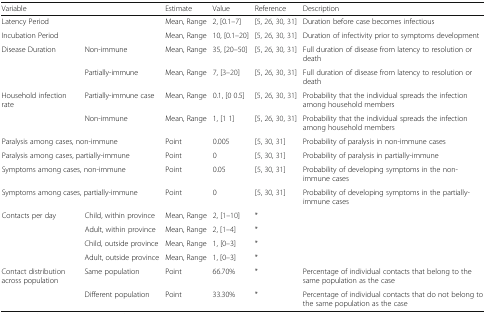
<table><thead><tr><td colspan="2"><b>Variable</b></td><td><b>Estimate</b></td><td><b>Value</b></td><td><b>Reference</b></td><td><b>Description</b></td></tr></thead><tbody><tr><td colspan="2">Latency Period</td><td>Mean, Range</td><td>2, [0.1–7]</td><td>[5, 26, 30, 31]</td><td>Duration before case becomes infectious</td></tr><tr><td colspan="2">Incubation Period</td><td>Mean, Range</td><td>10, [0.1–20]</td><td>[5, 26, 30, 31]</td><td>Duration of infectivity prior to symptoms development</td></tr><tr><td rowspan="2">Disease Duration</td><td>Non-immune</td><td>Mean, Range</td><td>35, [20–50]</td><td>[5, 26, 30, 31]</td><td>Full duration of disease from latency to resolution or death</td></tr><tr><td>Partially-immune</td><td>Mean, Range</td><td>7, [3–20]</td><td>[5, 26, 30, 31]</td><td>Full duration of disease from latency to resolution or death</td></tr><tr><td rowspan="2">Household infection rate</td><td>Partially-immune case</td><td>Mean, Range</td><td>0.1, [0 0.5]</td><td>[5, 26, 30, 31]</td><td>Probability that the individual spreads the infection among household members</td></tr><tr><td>Non-immune</td><td>Mean, Range</td><td>1, [1 1]</td><td>[5, 26, 30, 31]</td><td>Probability that the individual spreads the infection among household members</td></tr><tr><td colspan="2">Paralysis among cases, non-immune</td><td>Point</td><td>0.005</td><td>[5, 30, 31]</td><td>Probability of paralysis in non-immune cases</td></tr><tr><td colspan="2">Paralysis among cases, partially-immune</td><td>Point</td><td>0</td><td>[5, 30, 31]</td><td>Probability of paralysis in partially-immune</td></tr><tr><td colspan="2">Symptoms among cases, non-immune</td><td>Point</td><td>0.05</td><td>[5, 30, 31]</td><td>Probability of developing symptoms in the non-immune cases</td></tr><tr><td colspan="2">Symptoms among cases, partially-immune</td><td>Point</td><td>0</td><td>[5, 30, 31]</td><td>Probability of developing symptoms in the partially-immune cases</td></tr><tr><td rowspan="4">Contacts per day</td><td>Child, within province</td><td>Mean, Range</td><td>2, [1–10]</td><td>*</td><td></td></tr><tr><td>Adult, within province</td><td>Mean, Range</td><td>2, [1–4]</td><td>*</td><td></td></tr><tr><td>Child, outside province</td><td>Mean, Range</td><td>1, [0–3]</td><td>*</td><td></td></tr><tr><td>Adult, outside province</td><td>Mean, Range</td><td>1, [0–3]</td><td>*</td><td></td></tr><tr><td rowspan="2">Contact distribution across population</td><td>Same population</td><td>Point</td><td>66.70%</td><td>*</td><td>Percentage of individual contacts that belong to the same population as the case</td></tr><tr><td>Different population</td><td>Point</td><td>33.30%</td><td>*</td><td>Percentage of individual contacts that do not belong to the same population as the case</td></tr></tbody></table>